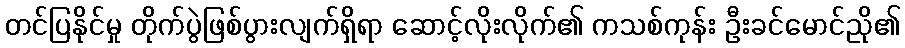
တင်ပြနိုင်မှု တိုက်ပွဲဖြစ်ပွားလျက်ရှိရာ ဆောင့်လိုးလိုက်၏ ကသစ်ကုန်း ဦးခင်မောင်ညို၏